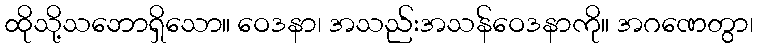
ထိုသို့သဘောရှိသော။ ဝေဒနာ၊ အသည်းအသန်ဝေဒနာကို။ အဂဏေတွာ၊